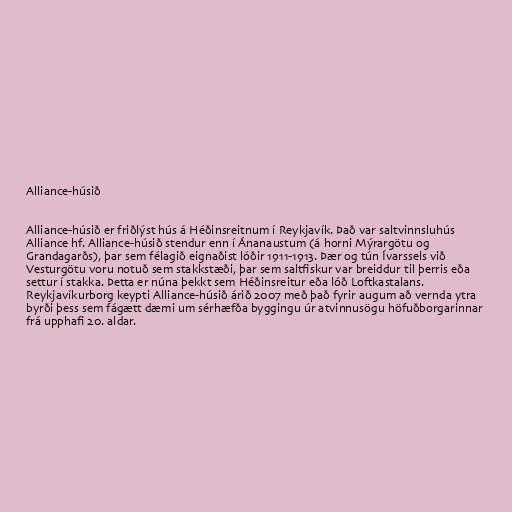
Alliance-húsið

Alliance-húsið er friðlýst hús á Héðinsreitnum í Reykjavík. Það var saltvinnsluhús
Alliance hf. Alliance-húsið stendur enn í Ánanaustum (á horni Mýrargötu og
Grandagarðs), þar sem félagið eignaðist lóðir 1911-1913. Þær og tún Ívarssels við
Vesturgötu voru notuð sem stakkstæði, þar sem saltfiskur var breiddur til þerris eða
settur í stakka. Þetta er núna þekkt sem Héðinsreitur eða lóð Loftkastalans.
Reykjavíkurborg keypti Alliance-húsið árið 2007 með það fyrir augum að vernda ytra
byrði þess sem fágætt dæmi um sérhæfða byggingu úr atvinnusögu höfuðborgarinnar
frá upphafi 20. aldar.